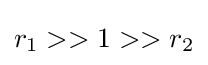
r_{1}>>1>>r_{2}